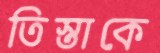
তিস্তাকে